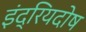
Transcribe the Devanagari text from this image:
इंद्रियदोष